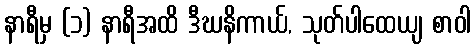
နာရီမှ (၁) နာရီအထိ ဒီဃနိကာယ်, သုတ်ပါထေယျ စာဝါ